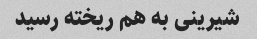
شیرینی به هم ریخته رسید